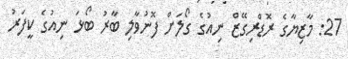
27: މާޒިޔާގެ ރޮޑްރިގޭޒް ނިއުގެ ގޯލަށް ފޮނުވާލި ބާރު ބޯޅަ ނިއުގެ ކީފަރު